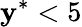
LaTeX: \mathbf{y}^{*}<5